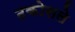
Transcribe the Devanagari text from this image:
ढकोसले